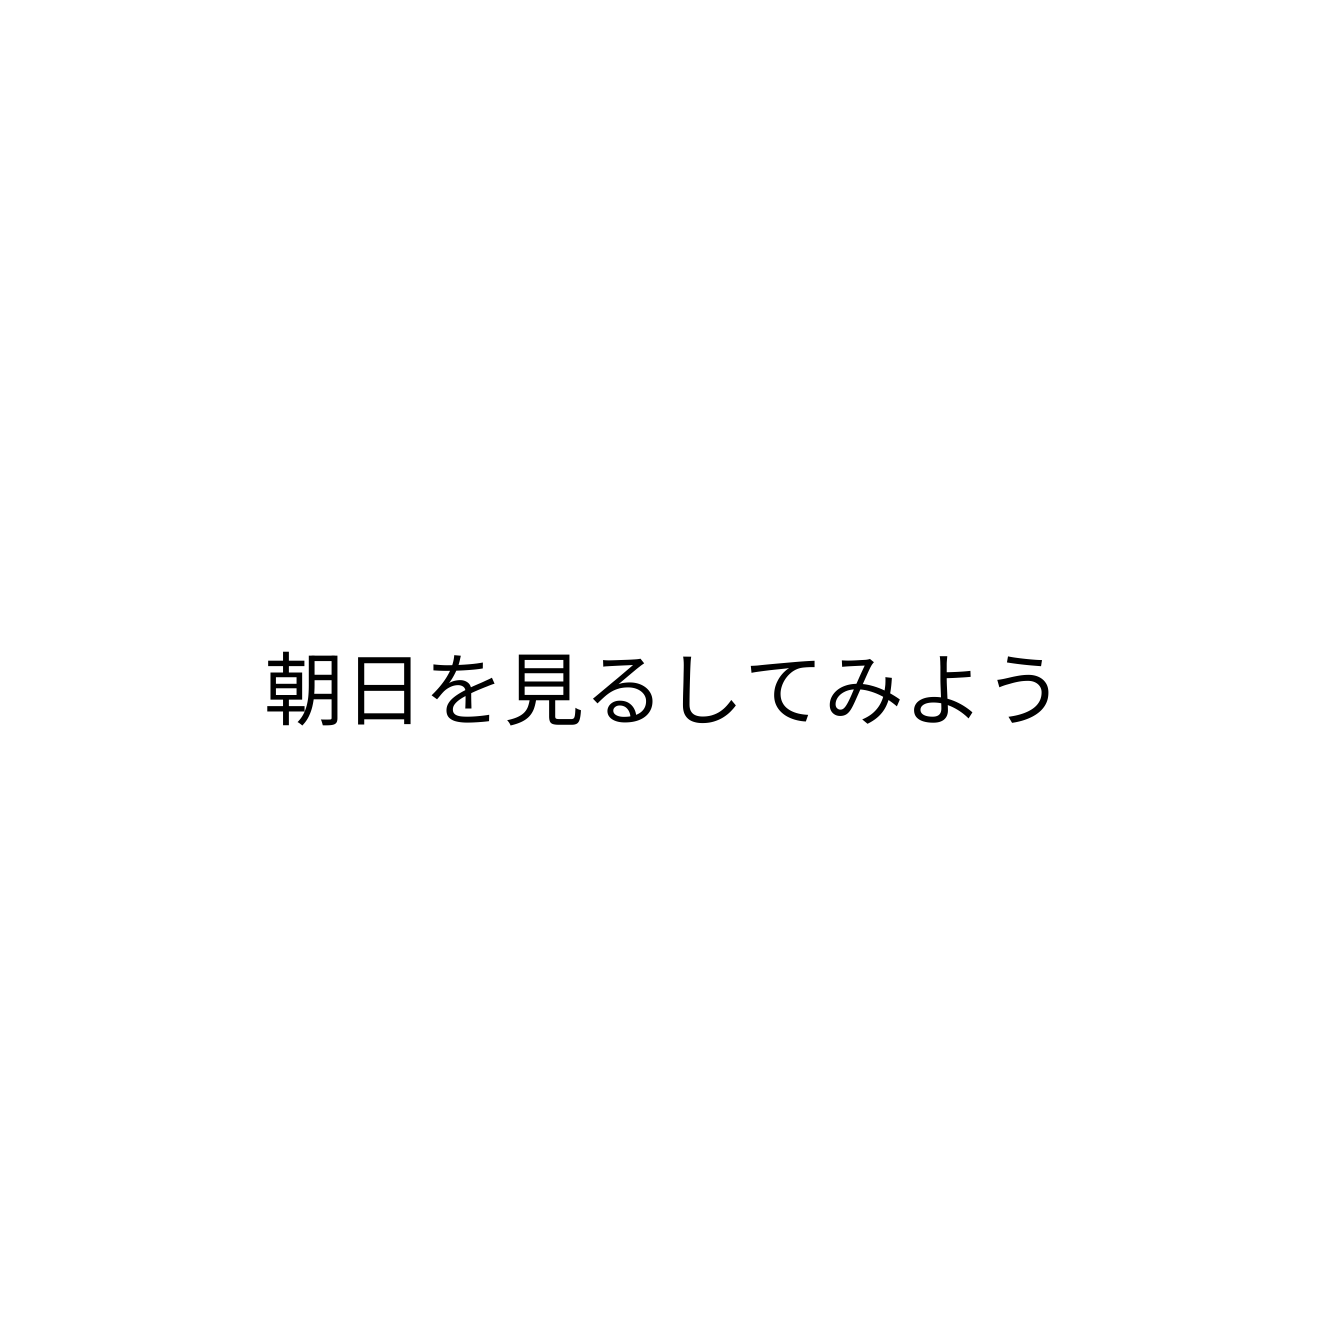
朝日を見るしてみよう